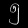
Digit: ၅